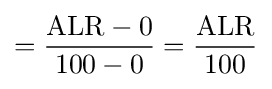
={\frac {{\text{ALR}}-0}{100-0}}={\frac {\text{ALR}}{100}}